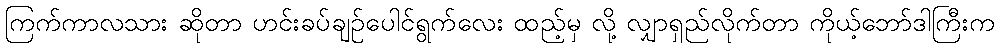
ကြက်ကာလသား ဆိုတာ ဟင်းခပ်ချဉ်ပေါင်ရွက်လေး ထည့်မှ လို့ လျှာရှည်လိုက်တာ ကိုယ့်ဘော်ဒါကြီးက